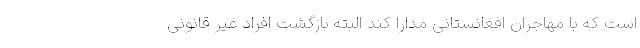
است که با مهاجران افغانستانی مدارا کند البته بازگشت افراد غیر قانونی